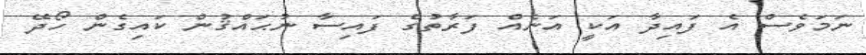
ނަމަވެސް އެ ފައިދާ އަކީ އަނެއް ފަރާތުގެ ފައިސާ ނުޙައްޤުން ކައިގެން ހޯދޭ